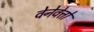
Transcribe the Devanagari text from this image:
वेनेवेत्तो